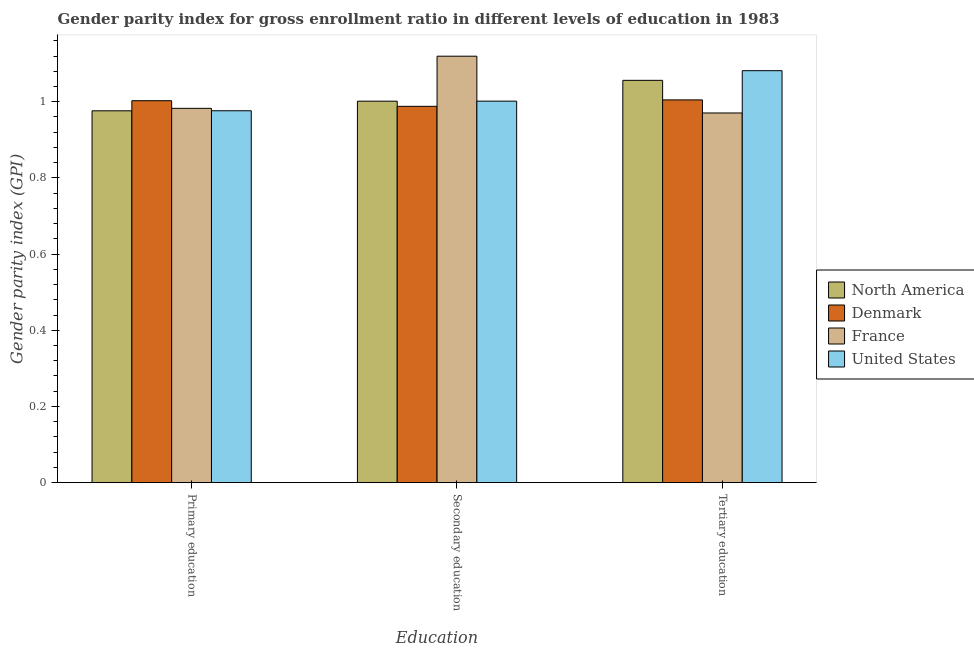
| Education | North America | Denmark | France | United States |
 | --- | --- | --- | --- | --- |
 | Primary education | 0.976 | 1 | 0.983 | 0.976 |
 | Secondary education | 1 | 0.988 | 1.12 | 1 |
 | Tertiary education | 1.06 | 1 | 0.971 | 1.08 |